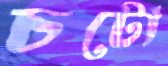
চটো